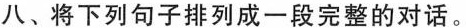
八、将下列句子排列成一段完整的对话。